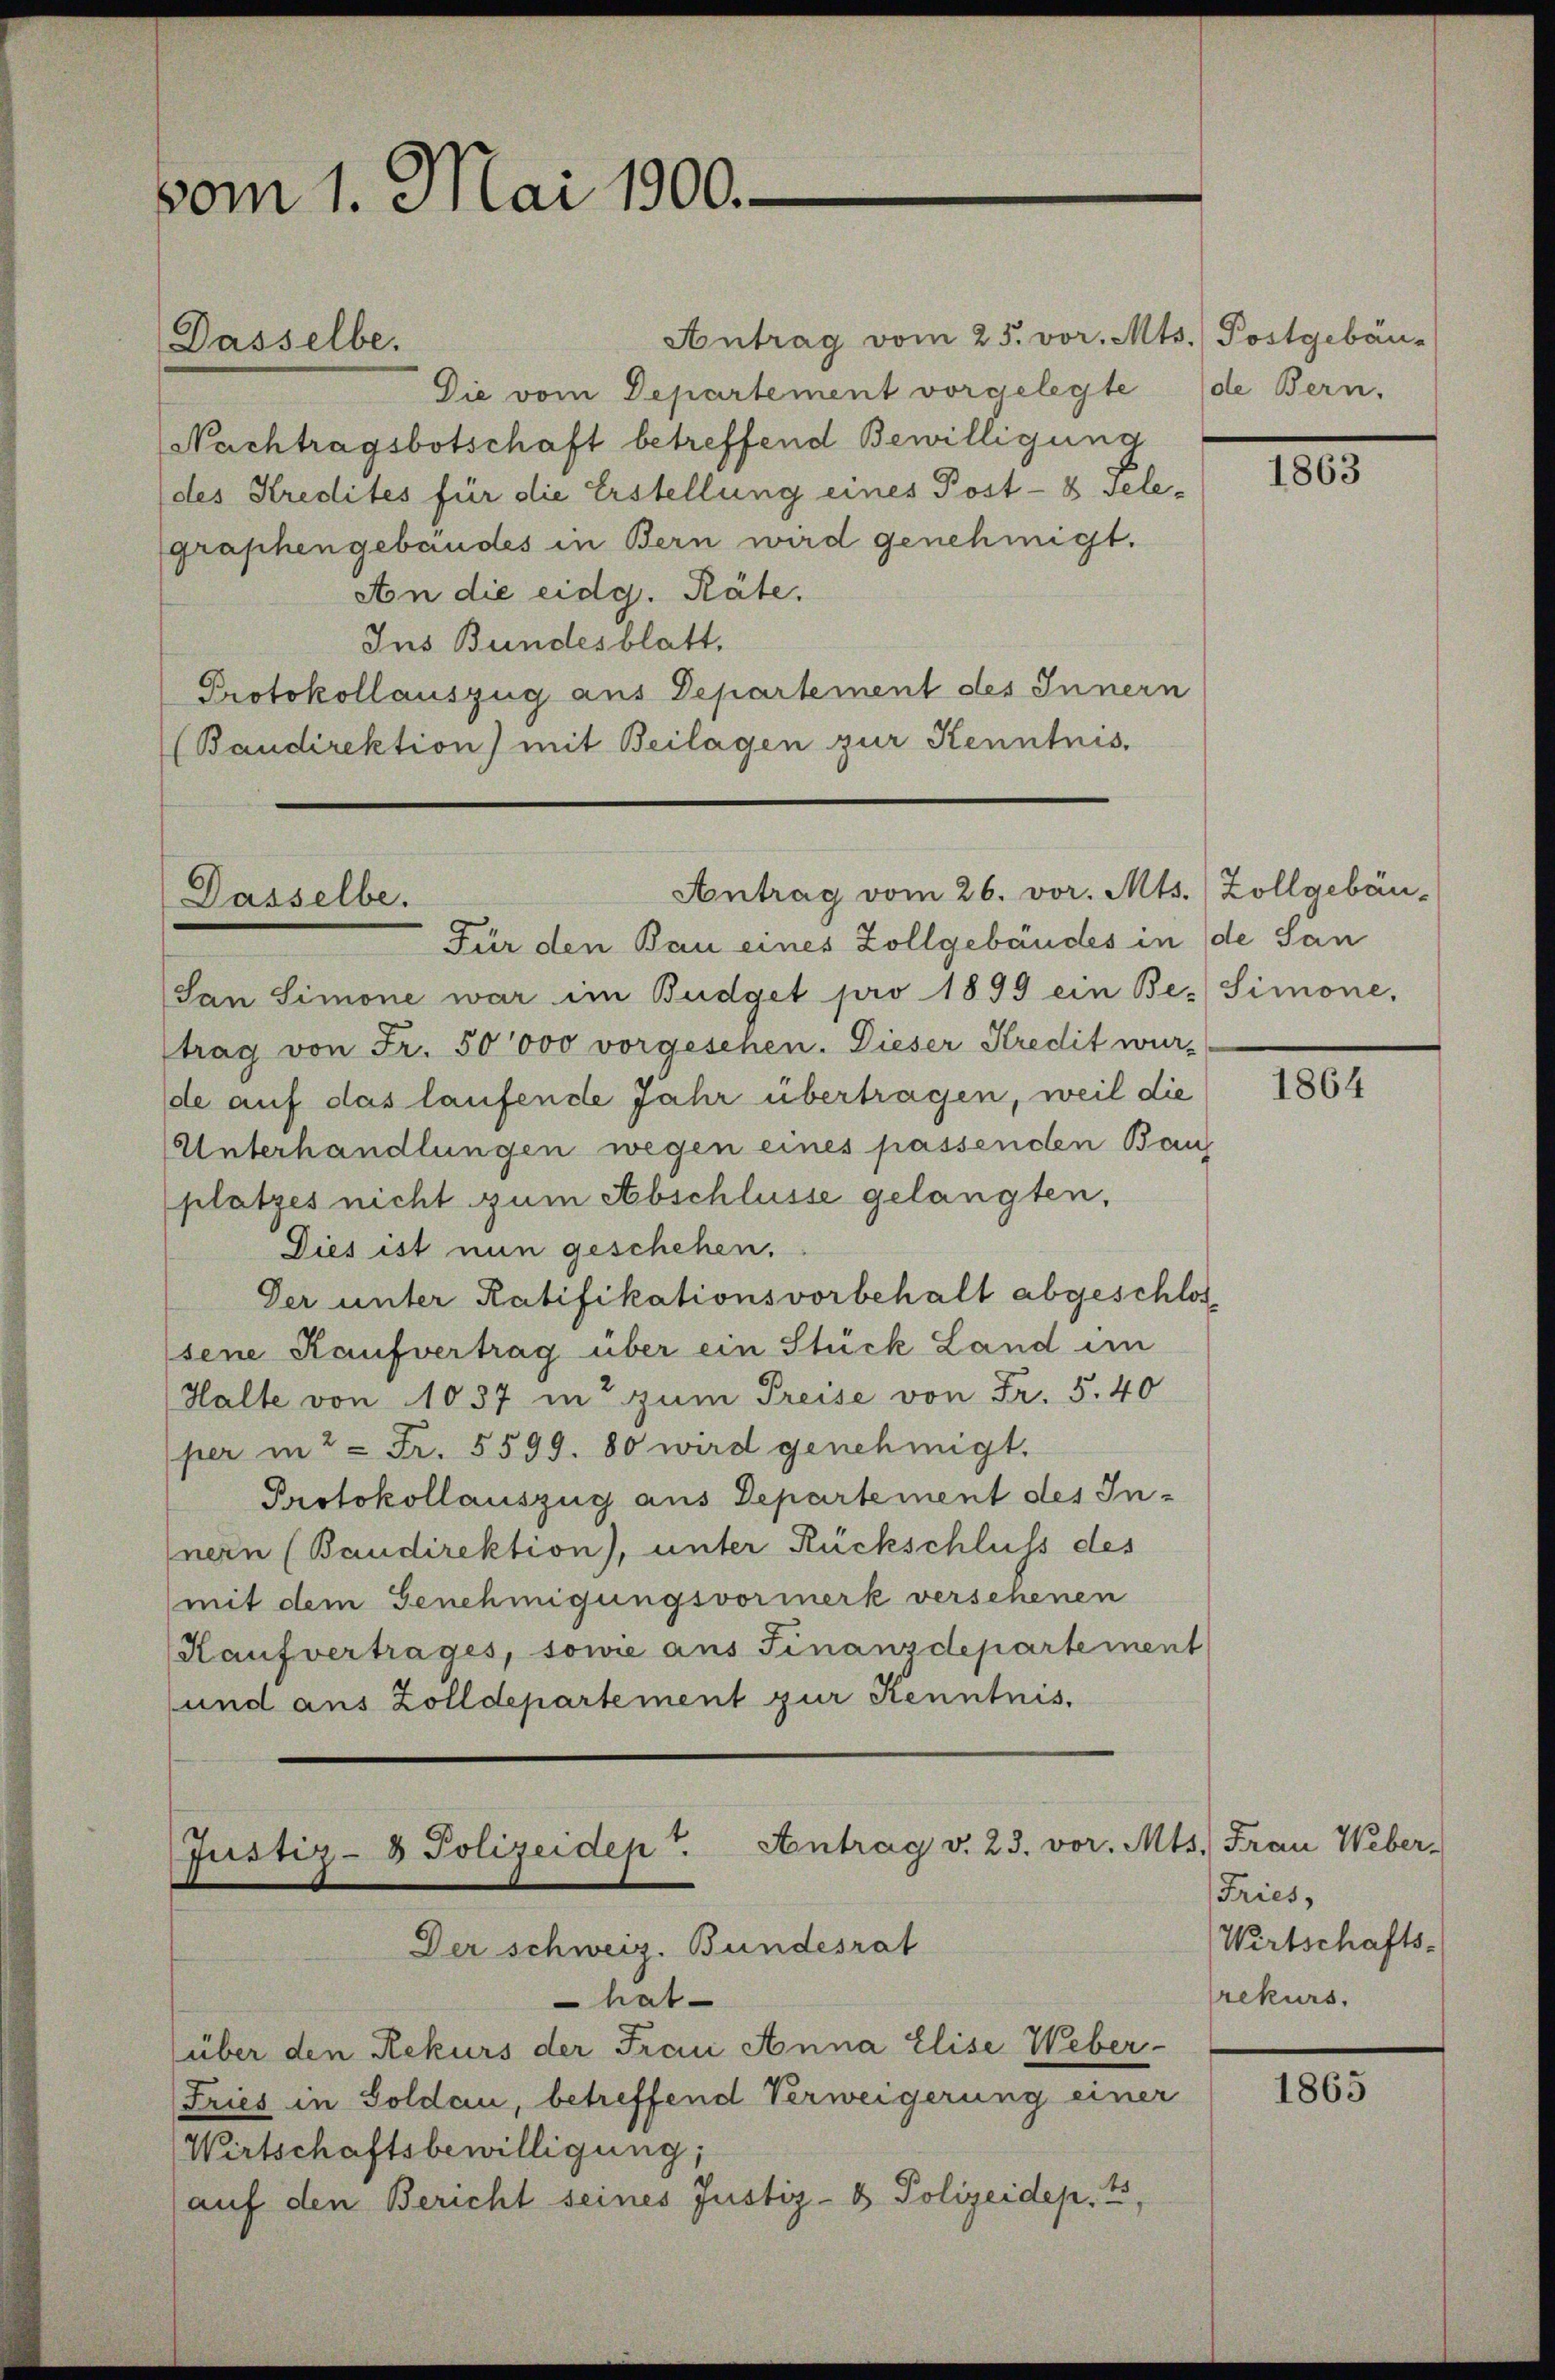
vom 1. Mai 1900.

Dasselbe.

Antrag vom 26. vor. Mts. Zollgebäu-
Dasselbe.

Antrag vom 25. vor. Mts.) Postgebäu-
Die vom Departement vorgelegte
Nachtragsbotschaft betreffend Bewilligung
(des Kredites für die Erstellung eines Post- & Gele-
graphengebäudes in Bern wird genehmigt.
An die eidg. Räte.
Ins Bundesblatt.
Protokollauszug aus Departement des Innern
(Baudirektion) mit Beilagen zur Kenntnis.

Antrag v. 23. vor. Mts. Frau Weber-
Justiz- & Polizeidep
Der schweiz. Bundesrat

hat
(über den Rekurs der Frau Anna Elise Weber-
Fries in Soldau, betreffend Verweigerung einer
Wirtschaftsbewilligung;
auf den Bericht seines Justiz- & Polizeidep. I,

de Bern.

Für den Bau eines Zollgebäudes in de San
San Simone war im Budget pro 1899 ein Be- Simone,
trag von Fr. 50000 vorgesehen. Dieser Kredit wur-
de auf das laufende Jahr übertragen, weil die
Unterhandlungen wegen eines passenden Bauf
platzes nicht zum Abschlüsse gelangten,
Dies ist nun geschehen.
Der unter Ratifikationsvorbehalt abgeschlos
sene Kaufvertrag über ein Stück Land im
Halte von 1037 in zum Preise von Fr. 5.40
per in 2 = Fr. 5599. 80 wird genehmigt.
Protokollauszug aus Departement des Innern (Baudirektion), unter Rückschluss des
(mit dem Genehmigungsvormerk versehenen
Kaŭfvertrages, sowie ans Finanzdepartement
und aus Zolldepartement zur Kenntnis.

1805

1864

Tries,
Wirtschafts-
rekurs.

1865